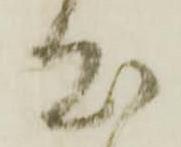
出